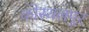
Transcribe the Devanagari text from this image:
कोस्थलपुर